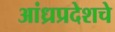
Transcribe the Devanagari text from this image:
आंध्रप्रदेशचे